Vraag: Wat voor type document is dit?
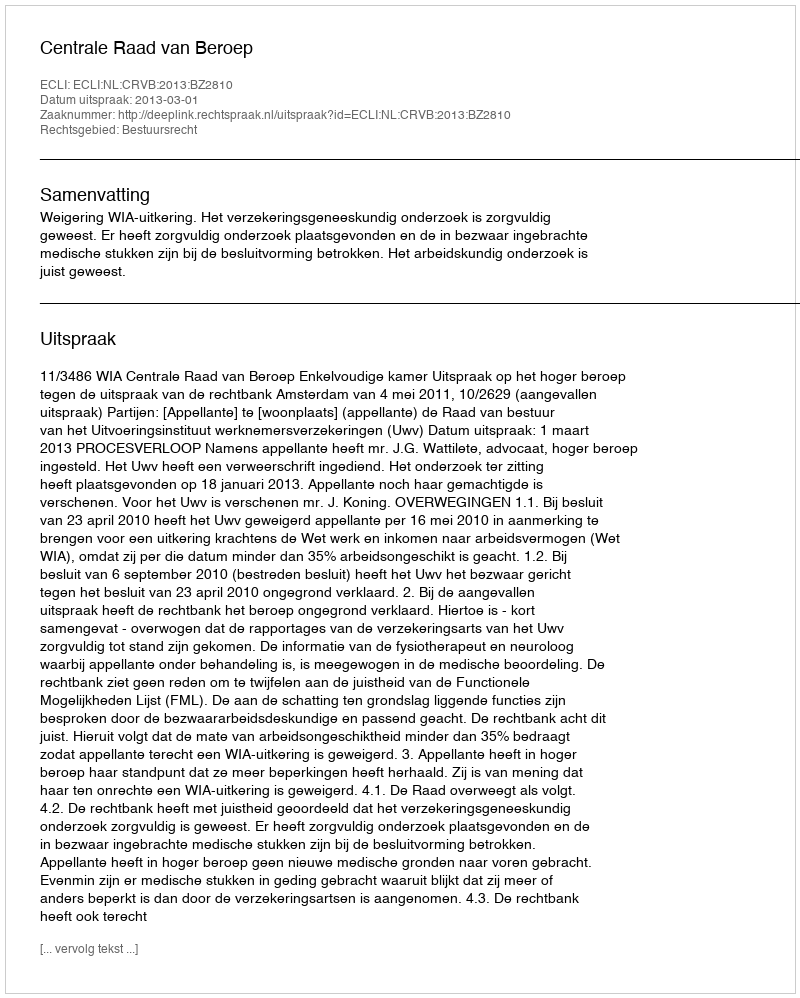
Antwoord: Uitspraak